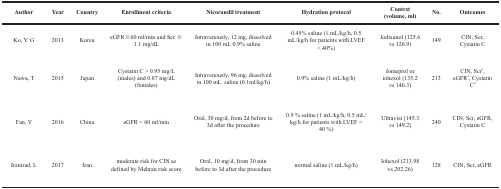
<table><thead><tr><td><b>Author</b></td><td><b>Year</b></td><td><b>Country</b></td><td><b>Enrollment criteria</b></td><td><b>Nicorandil treatment</b></td><td><b>Hydration protocol</b></td><td><b>Contrst (volume, ml)</b></td><td><b>No.</b></td><td><b>Outcomes</b></td></tr></thead><tbody><tr><td>Ko, Y. G</td><td>2013</td><td>Korea</td><td>eGFR≦60 ml/min and Scr ≧1.1 mg/dL</td><td>Intravenously, 12 mg, dissolved in 100 mL 0.9% saline</td><td>0.45% saline (1 mL/kg/h, 0.5 mL/kg/h for patients with LVEF &lt; 40%)</td><td>Iodixanol (125.6 vs 126.9)</td><td>149</td><td>CIN, Scr, Cystatin C</td></tr><tr><td>Nawa, T</td><td>2015</td><td>Japan</td><td>Cystatin C &gt; 0.95 mg/L (males) and 0.87 mg/dL (females)</td><td>Intravenously, 96 mg, dissolved in 100 mL saline (0.1ml/kg/h)</td><td>0.9% saline (1 mL/kg/h)</td><td>Iomeprol or iohexol (135.2 vs 146.3)</td><td>213</td><td>CIN, Scr<sup>*</sup>, eGFR<sup>*</sup>, Cystatin C<sup>*</sup></td></tr><tr><td>Fan, Y</td><td>2016</td><td>China</td><td>eGFR &lt; 60 ml/min</td><td>Oral, 30 mg/d, from 2d before to 3d after the procedure</td><td>0.9 % saline (1 mL/kg/h, 0.5 mL/kg/h for patients with LVEF &lt; 40 %)</td><td>Ultravist (145.3 vs 149.2)</td><td>240</td><td>CIN, Scr, eGFR, Cystatin C</td></tr><tr><td>Iranirad, L</td><td>2017</td><td>Iran</td><td>moderate risk for CIN as defined by Mehran risk score</td><td>Oral, 10 mg/d, from 30 min before to 3d after the procedure</td><td>normal saline (1 mL/kg/h)</td><td>Iohexol (213.98 vs 202.26)</td><td>128</td><td>CIN, Scr, eGFR</td></tr></tbody></table>